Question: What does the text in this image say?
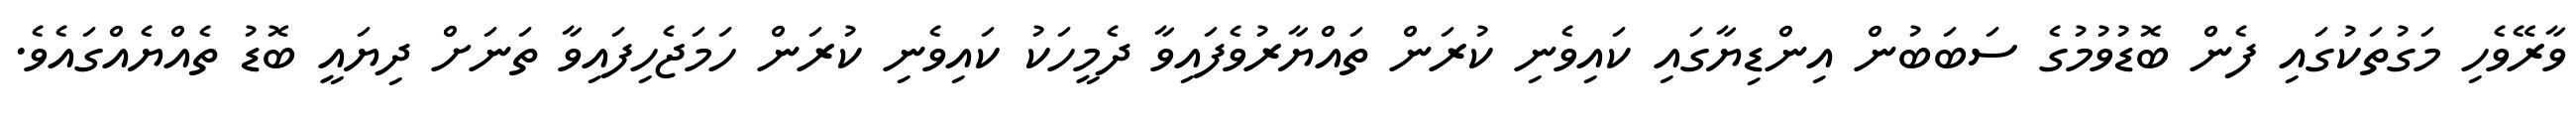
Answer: ވާރޭވެހި މަގުތަކުގައި ފެން ބޮޑުވުމުގެ ސަބަބުން އިންޑިޔާގައި ކައިވެނި ކުރަން ތައްޔާރުވެފައިވާ ދެމީހަކު ކައިވެނި ކުރަން ހަމަޖެހިފައިވާ ތަނަށް ދިޔައީ ބޮޑު ތެއްޔެއްގައެވެ.